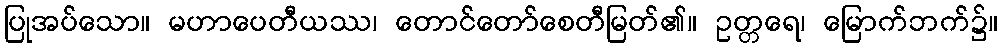
ပြုအပ်သော။ မဟာပေတီယဿ၊ တောင်တော်စေတီမြတ်၏။ ဥတ္တရေ၊ မြောက်ဘက်၌။